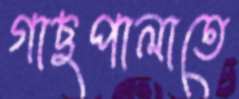
গাছপালাতে